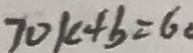
7 0 k + b = 6